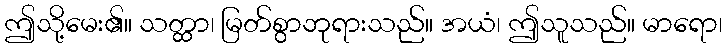
ဤသို့မေး၏။ သတ္ထာ၊ မြတ်စွာဘုရားသည်။ အယံ၊ ဤသူသည်။ မာရော၊